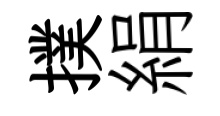
撲絹